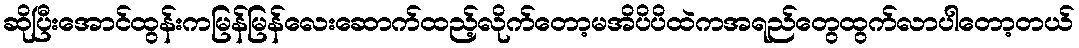
ဆိုပြီးအောင်ထွန်းကမြန်မြန်လေးဆောက်ထည့်လိုက်တော့မအိပိပိထဲကအရည်တွေထွက်လာပါတော့တယ်